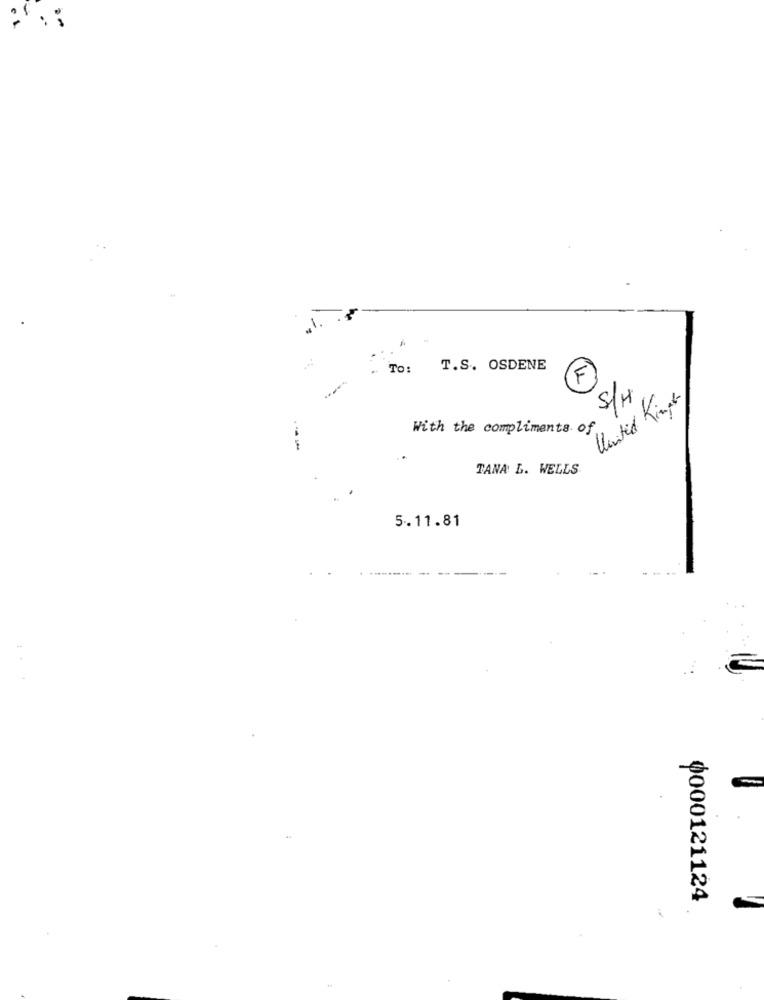
TO:
T.S. OSDENE
5/H
United Kinper
With the compliments of
TANA L. WELLS
5.11.81
-
0000121124